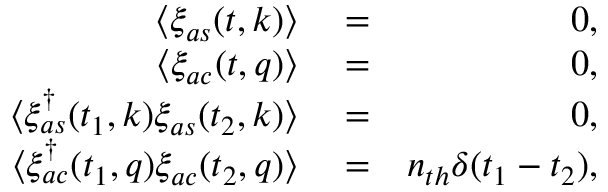
\begin{array} { r l r } { \langle \xi _ { a s } ( t , k ) \rangle } & { { } = } & { 0 , } \\ { \langle \xi _ { a c } ( t , q ) \rangle } & { { } = } & { 0 , } \\ { \langle \xi _ { a s } ^ { \dagger } ( t _ { 1 } , k ) \xi _ { a s } ( t _ { 2 } , k ) \rangle } & { { } = } & { 0 , } \\ { \langle \xi _ { a c } ^ { \dagger } ( t _ { 1 } , q ) \xi _ { a c } ( t _ { 2 } , q ) \rangle } & { { } = } & { n _ { t h } \delta ( t _ { 1 } - t _ { 2 } ) , } \end{array}